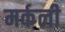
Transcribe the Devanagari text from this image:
मर्कली